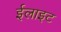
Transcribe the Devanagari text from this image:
ईलाइट